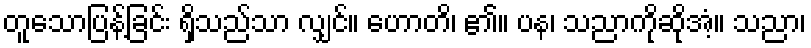
တူသောပြန့်ခြင်း ရှိသည်သာ လျှင်။ ဟောတိ၊ ၏။ ပန၊ သညာကိုဆိုအံ့။ သညာ၊